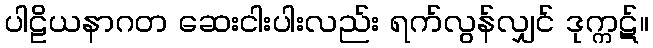
ပါဠိယနာဂတ ဆေးငါးပါးလည်း ရက်လွန်လျှင် ဒုက္ကဋ်။